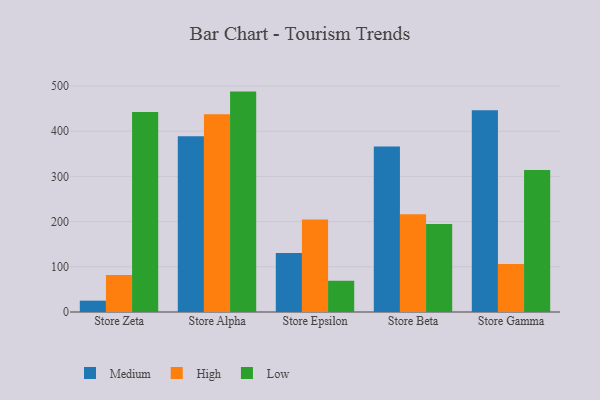
{"axis": {"x": "Store", "y": "Waste Production (Tons)"}, "legend": ["High", "Low", "Medium"], "data": [{"x": "Store Zeta", "y": 25.1, "type": "Medium"}, {"x": "Store Zeta", "y": 81.6, "type": "High"}, {"x": "Store Zeta", "y": 442.5, "type": "Low"}, {"x": "Store Alpha", "y": 388.6, "type": "Medium"}, {"x": "Store Alpha", "y": 437.3, "type": "High"}, {"x": "Store Alpha", "y": 487.6, "type": "Low"}, {"x": "Store Epsilon", "y": 130.8, "type": "Medium"}, {"x": "Store Epsilon", "y": 204.7, "type": "High"}, {"x": "Store Epsilon", "y": 69.1, "type": "Low"}, {"x": "Store Beta", "y": 366.2, "type": "Medium"}, {"x": "Store Beta", "y": 216.5, "type": "High"}, {"x": "Store Beta", "y": 194.6, "type": "Low"}, {"x": "Store Gamma", "y": 446.4, "type": "Medium"}, {"x": "Store Gamma", "y": 106.2, "type": "High"}, {"x": "Store Gamma", "y": 314.3, "type": "Low"}]}